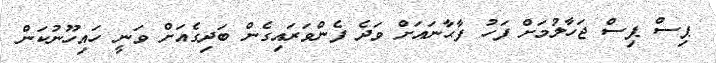
ޕިސް ޕިސް ޖަހާލުމަށް ފަހު ފާޙާނައަށް ވަދެ ފެންވަރައިގެން ބަދިގެއަށް ވަނީީީީީީީީީީީީީީީީީީީީީީީީީީީީ ހަަައިހޫނުކަން